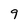
Character: 9